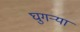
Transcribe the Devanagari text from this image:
घुगर्‍या